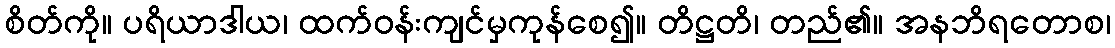
စိတ်ကို။ ပရိယာဒါယ၊ ထက်ဝန်းကျင်မှကုန်စေ၍။ တိဋ္ဌတိ၊ တည်၏။ အနဘိရတောစ၊